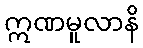
ဣဏမူလာနိ